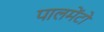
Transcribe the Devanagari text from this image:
पालमेंटो